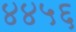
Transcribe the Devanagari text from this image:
४४५६